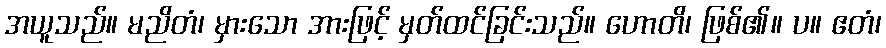
အယူသည်။ မညိတံ၊ မှားသော အားဖြင့် မှတ်ထင်ခြင်းသည်။ ဟောတိ၊ ဖြစ်၏။ ပ။ ဧတံ၊